Vaccination North-Western Provinces and Oudh 1878-1895 - 1878-1895
Year: 1878
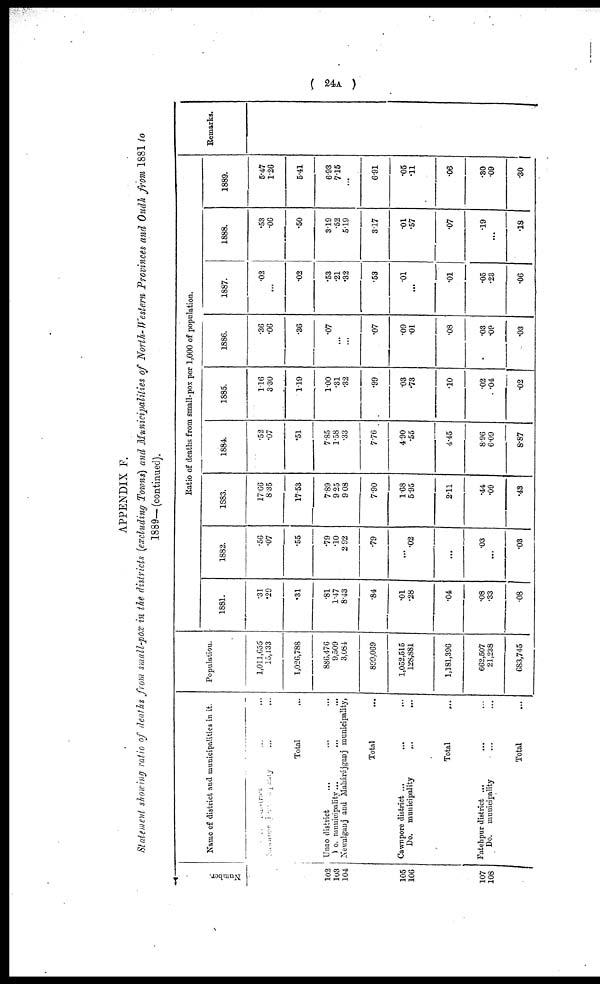
( 24A )
APPENDIX F.
Statement showing ratio of deaths from small-pox in the districts (excluding Towns) and Municipalities of North-Western Provinces and Oudh from 1881 to
1889— (continued).
Number.
102
103
104
105
106
107
108
Name of district and municipalities in it.
district ... ...
municipality ... ...
Total ...
Unao district ... ... ...
Unao municipality ... ... ...
Newalganj and Mahárájganj municipality,
Total ...
Cawnpore district ... ... ...
Do. municipality
...
... ...
Total ...
Fatehpur district ... ... ...
Do. municipality ... ...
Total ...
Population.
1,011,655
15,133
1,026,788
886,476
9,509
3,084
899,069
1,052,515
128,881
1,181,396
662,507
21,238
683,745
Ratio of deaths from small-pox per 1,000 of population.
1881.
.31
.29
.31
.81
1.47
8.43
.84
.01
.28
.04
.08
.33
.08
1882.
.56
.07
.55
.79
.10
2.92
.79
...
.02
...
.03
...
.03
1883.
17.66
8.35
17.53
7.89
9.25
9.08
7.90
1.68
5.95
2.11
.44
.09
.43
1884.
.52
.07
.51
7.85
1.58
.33
7.76
4.90
.55
4.45
8.96
6.09
8.87
1885.
1.16
3.30
1.19
1.00
.31
.32
.99
.03
.73
.10
.02
.04
.02
1886.
.36
.06
.36
.07
...
...
.07
.09
.01
.08
.03
.09
.03
1887.
.02
...
.02
.53
.21
.32
.53
.01
...
.01
.05
.23
.06
1888.
.53
.06
.50
3.19
.52
5.19
3.17
.01
.57
.07
.19
...
.18
1889.
5.47
1.26
5.41
6.93
7.15
...
6.91
.05
.11
.06
.30
.09
.30
Remarks.